Report of an investigation into the causes of the diseases known in Assam as Kála-Azár and Beri-Beri
Disease focus: Beri-Beri
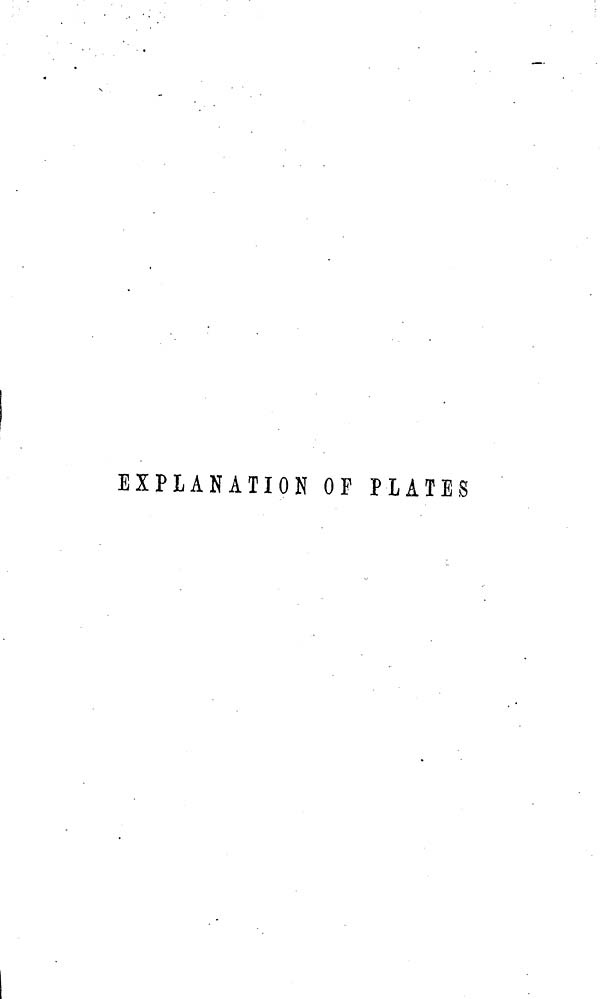
EXPLANATION OF PLATES